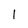
Character: I